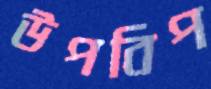
উপবিপ